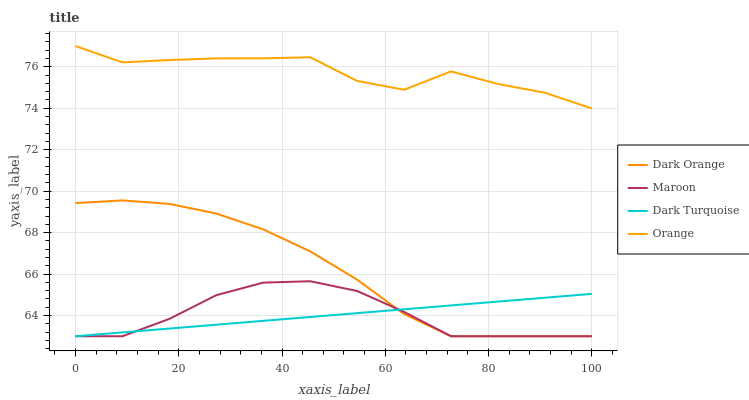
| xaxis_label | Dark Orange | Maroon | Dark Turquoise | Orange |
 | --- | --- | --- | --- | --- |
 | 0 | 69.4 | 63 | 63 | 77 |
 | 9.09 | 69.6 | 63 | 63.2 | 76.2 |
 | 18.2 | 69.4 | 63.8 | 63.4 | 76.3 |
 | 27.3 | 68.9 | 65 | 63.6 | 76.4 |
 | 36.4 | 68.2 | 65.6 | 63.7 | 76.4 |
 | 45.5 | 67.1 | 65.7 | 63.9 | 76.5 |
 | 54.5 | 65.7 | 65.2 | 64.1 | 75.3 |
 | 63.6 | 64.1 | 64.2 | 64.3 | 74.9 |
 | 72.7 | 63 | 63 | 64.5 | 75.8 |
 | 81.8 | 63 | 63 | 64.7 | 75.2 |
 | 90.9 | 63 | 63 | 64.9 | 74.7 |
 | 100 | 63 | 63 | 65 | 74 |